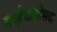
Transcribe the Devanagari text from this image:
सव्हेचाळीसवा